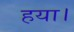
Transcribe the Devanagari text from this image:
हया।